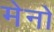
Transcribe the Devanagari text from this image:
मेनो